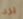
يرد